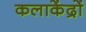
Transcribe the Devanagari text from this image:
कलाकेंद्रों